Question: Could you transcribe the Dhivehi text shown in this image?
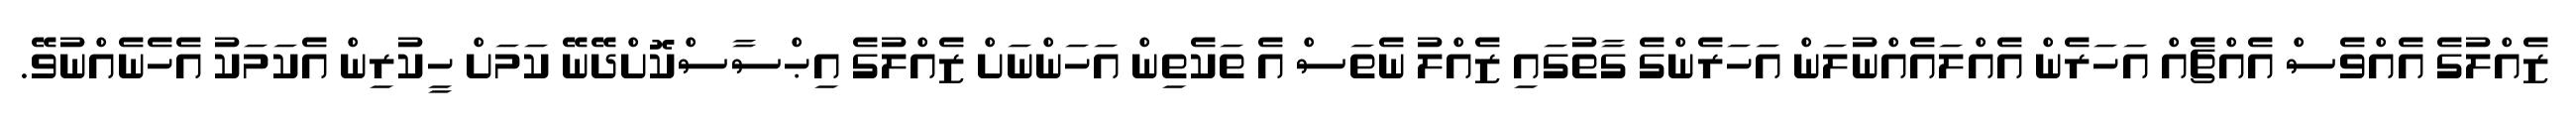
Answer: ޒެއްލުގެ އެއްވެސް އެއްޗެއް އަހަރެން އެއްލައެއްނުލަން އަހަރެންގެ ގާތުގައި ޒެއްލު ނެތަސް އެ ތަކެތިން އަހަންނަށް ޒެއްލުގެ އިޙްސާސްކޮށްދޭނޭ ކަމަށް ހީކުރިން އެކަމަކު އެހެނެއްނުވޭ.